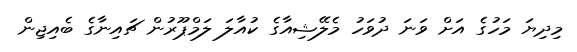
މިދިޔަ މަހުގެ އަށް ވަނަ ދުވަހު މެލޭޝިއާގެ ކުއާލަ ލަމްޕޫރުން ޗައިނާގެ ބެއިޖިން